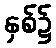
နှစ်၌